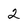
Character: 2